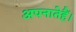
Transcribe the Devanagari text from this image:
अपनातेहैं।